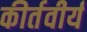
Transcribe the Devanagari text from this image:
कीर्तवीर्य